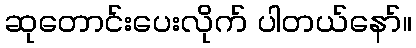
ဆုတောင်းပေးလိုက် ပါတယ်နော်။